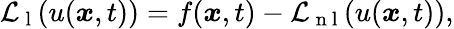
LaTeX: \mathcal{L}_{\mathrm{~l~}}(u({\boldsymbol{\mathbf{\mathit{x}}}},t))=f({\boldsymbol{\mathbf{\mathit{x}}}},t)-\mathcal{L}_{\mathrm{~n~l~}}(u({\boldsymbol{\mathbf{\mathit{x}}}},t)),